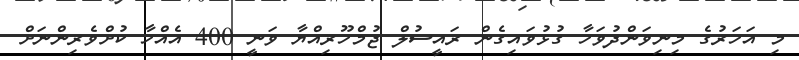
މި އަހަރުގެ މިނިވަންދުވަހާ ގުޅުވައިގެން ރައީސުލް ޖުމްހޫރިއްޔާ ވަނީ 400 އެއްހާ ކުށްވެރިންނަށް